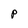
Character: P